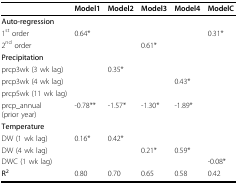
<table><thead><tr><td></td><td><b>Model1</b></td><td><b>Model2</b></td><td><b>Model3</b></td><td><b>Model4</b></td><td><b>ModelC</b></td></tr></thead><tbody><tr><td><b>Auto-regression</b></td><td></td><td></td><td></td><td></td><td></td></tr><tr><td>1<sup>st </sup>order</td><td>0.64*</td><td></td><td></td><td></td><td>0.31*</td></tr><tr><td>2<sup>nd </sup>order</td><td></td><td></td><td>0.61*</td><td></td><td></td></tr><tr><td><b>Precipitation</b></td><td></td><td></td><td></td><td></td><td></td></tr><tr><td>prcp3wk (3 wk lag)</td><td></td><td>0.35*</td><td></td><td></td><td></td></tr><tr><td>prcp3wk (4 wk lag)</td><td></td><td></td><td></td><td>0.43*</td><td></td></tr><tr><td>prcp5wk (11 wk lag)</td><td></td><td></td><td></td><td></td><td></td></tr><tr><td>prcp_annual (prior year)</td><td>-0.78**</td><td>-1.57*</td><td>-1.30*</td><td>-1.89*</td><td></td></tr><tr><td><b>Temperature</b></td><td></td><td></td><td></td><td></td><td></td></tr><tr><td>DW (1 wk lag)</td><td>0.16*</td><td>0.42*</td><td></td><td></td><td></td></tr><tr><td>DW (4 wk lag)</td><td></td><td></td><td>0.21*</td><td>0.59*</td><td></td></tr><tr><td>DWC (1 wk lag)</td><td></td><td></td><td></td><td></td><td>-0.08*</td></tr><tr><td><b>R</b><sup><b>2</b></sup></td><td>0.80</td><td>0.70</td><td>0.65</td><td>0.58</td><td>0.42</td></tr></tbody></table>